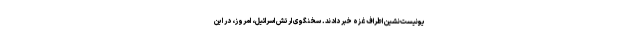
یونیست‌نشین اطراف غزه خبر دادند. سخنگوی ارتش اسرائیل، امروز، در این